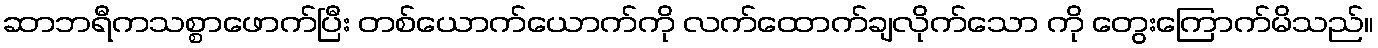
ဆာဘရီကသစ္စာဖောက်ပြီး တစ်ယောက်ယောက်ကို လက်ထောက်ချလိုက်သော ကို တွေးကြောက်မိသည်။